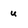
Character: u